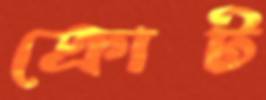
ক্রোট